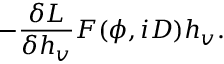
- \frac { \delta { \cal L } } { \delta h _ { v } } F ( \phi , i D ) h _ { v } .